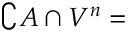
\complement A \cap V ^ { n } =